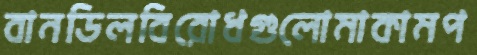
বানডিলবিরোধগুলোমাকামপ